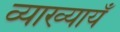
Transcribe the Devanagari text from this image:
व्याख्यायँ